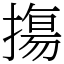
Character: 摥